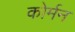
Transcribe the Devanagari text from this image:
कोर्मन